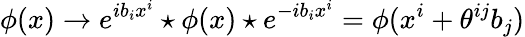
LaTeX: \phi(x)\rightarrow e^{ib_{i}x^{i}}\star\phi(x)\star e^{-ib_{i}x^{i}}=\phi(x^{i}+\theta^{ij}b_{j})